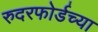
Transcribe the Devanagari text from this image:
रुदरफोर्डच्या